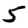
Digit: 5